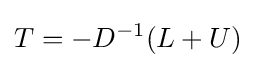
T=-D^{-1}(L+U)